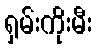
ရှမ်းကိုးမီး